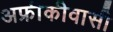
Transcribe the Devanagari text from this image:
अफ्रीकीवासी